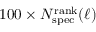
1 0 0 \times N _ { \mathrm { s p e c } } ^ { \mathrm { r a n k } } ( \ell )